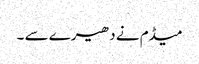
میڈم نے دھیرے سے ۔